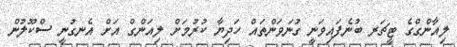
ލިއާންގްގެ ޓީޗަރ ބުނެފައިވަނީ ގުނަވަންތައް ހަދިޔާ ކުރުމަށް ލިއަންގް އަށް އެނގުނީ ސްކޫލުން